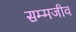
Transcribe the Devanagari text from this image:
सम्मजीव